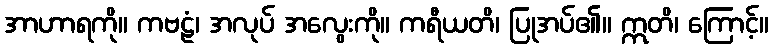
အာဟာရကို။ ကဗဠံ၊ အလုပ် အလွေးကို။ ကရီယတိ၊ ပြုအပ်၏။ ဣတိ၊ ကြောင့်။